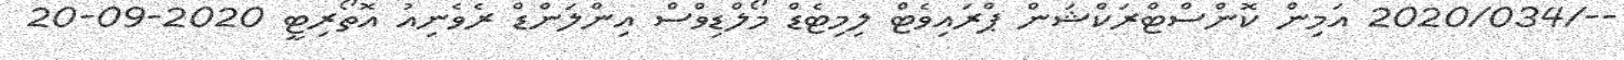
--/2020/034 އަމިން ކޮންސްޓްރަކްޝަން ޕްރައިވެޓް ލިމިޓެޑް މޯލްޑިވްސް އިންލަންޑް ރެވެނިއު އޮތޯރިޓީ 2020-09-20